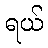
ရယ်